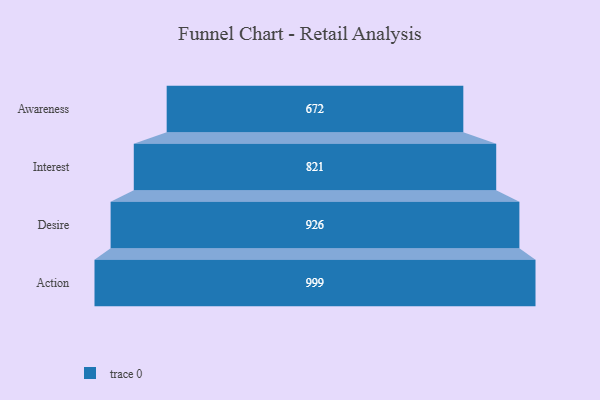
{"axis": {"x": "Stage", "y": "Value"}, "legend": [""], "data": [{"x": "Awareness", "y": 672.0, "type": ""}, {"x": "Interest", "y": 821.0, "type": ""}, {"x": "Desire", "y": 926.0, "type": ""}, {"x": "Action", "y": 999.0, "type": ""}]}